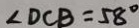
\angle D C B = 5 8 ^ { \circ }